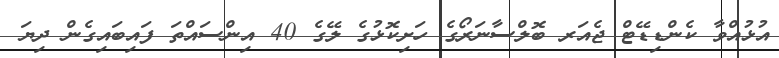
އުޅުއްވާ ކެންޑިޑޭޓް ޖެއަރ ބޮލްސާނަރޯގެ ހަށިކޮޅުގެ ލޭގެ 40 އިންސައްތަ ފައިބައިގެން ދިޔަ